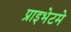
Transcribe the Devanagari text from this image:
प्राइभेटमे